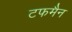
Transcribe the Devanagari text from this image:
टफमैन